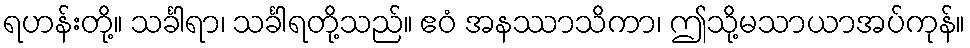
ရဟန်းတို့။ သင်္ခါရာ၊ သင်္ခါရတို့သည်။ ဧဝံ အနဿာသိကာ၊ ဤသို့မသာယာအပ်ကုန်။